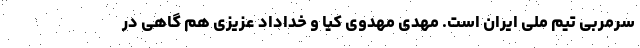
سرمربی تیم ملی ایران است. مهدی مهدوی کیا و خداداد عزیزی هم گاهی در